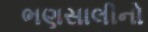
ભણસાલીનો